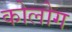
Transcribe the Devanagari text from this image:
कोलोग